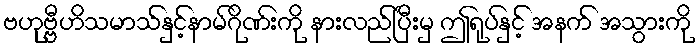
ဗဟုဗ္ဗီဟိသမာသ်နှင့်နာမ်ဂိုဏ်းကို နားလည်ပြီးမှ ဤရုပ်နှင့် အနက် အသွားကို